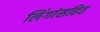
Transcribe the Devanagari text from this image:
लिंगांसहित